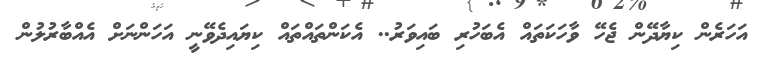
އަހަރެން ކިޔާދޭން ޖެހޭ ވާހަކަތައް އެބަހުރި ބައިވަރު.. އެކަންތައްތައް ކިޔައިދެވޭނީ އަހަންނަށް އެއްބާރުލުން